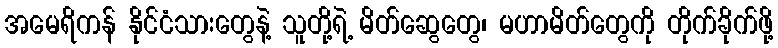
အမေရိကန် နိုင်ငံသားတွေနဲ့ သူတို့ရဲ့ မိတ်ဆွေတွေ၊ မဟာမိတ်တွေကို တိုက်ခိုက်ဖို့